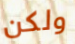
ولكن